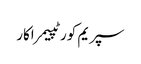
سپریم کورٹپیمراکار